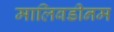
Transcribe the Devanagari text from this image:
मालिबडीनम